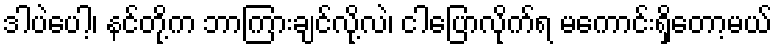
ဒါပဲပေါ့၊ နင်တို့က ဘာကြားချင်လို့လဲ၊ ငါပြောလိုက်ရ မကောင်းရှိတော့မယ်